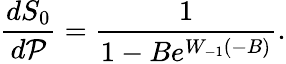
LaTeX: \frac{dS_{0}}{d\mathcal{P}}=\frac{1}{1-Be^{W_{-1}(-B)}}.